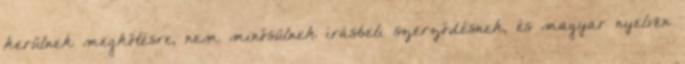
kerülnek megkötésre, nem minősülnek írásbeli szerződésnek, és magyar nyelven